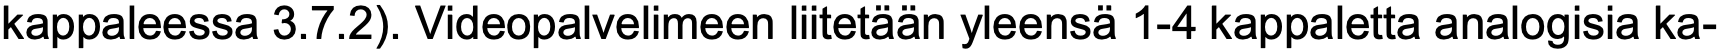
kappaleessa 3.7.2). Videopalvelimeen liitetään yleensä 1-4 kappaletta analogisia ka-